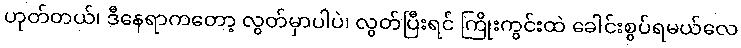
ဟုတ်တယ်၊ ဒီနေရာကတော့ လွတ်မှာပါပဲ၊ လွတ်ပြီးရင် ကြိုးကွင်းထဲ ခေါင်းစွပ်ရမယ်လေ